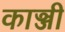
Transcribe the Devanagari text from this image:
काञ्जी